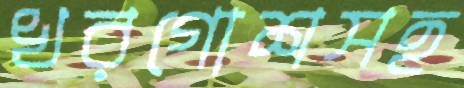
খরগোশসহ